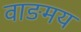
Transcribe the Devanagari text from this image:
वाङमय